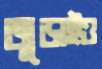
জুড়াইও